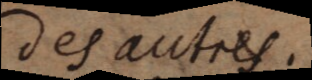
des autres.